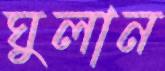
ঘুলান